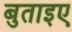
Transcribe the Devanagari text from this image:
बुताइए